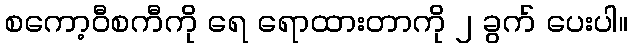
စကော့ဝီစကီကို ရေ ရောထားတာကို ၂ ခွက် ပေးပါ။